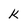
Character: k